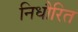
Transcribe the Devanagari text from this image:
निधौरित